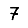
Digit: 7